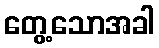
တွေ့သောအခါ